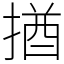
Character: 揂